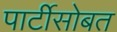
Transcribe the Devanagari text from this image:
पार्टीसोबत